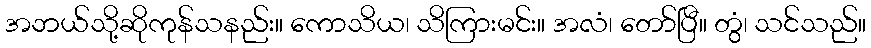
အဘယ်သို့ဆိုကုန်သနည်း။ ကောသိယ၊ သိကြားမင်း။ အလံ၊ တော်ပြီ။ တွံ၊ သင်သည်။